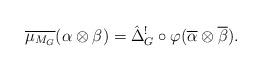
LaTeX: \begin{align*}\overline{\mu_{M_G}}(\alpha \otimes \beta) = \hat{\Delta}_G^!\circ \varphi(\overline{\alpha}\otimes\overline{\beta}).\end{align*}